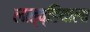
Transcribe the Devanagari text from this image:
लात्व्हियाला